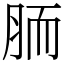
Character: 胹